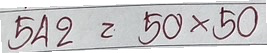
542 = 50x50